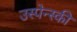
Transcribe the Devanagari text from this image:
उस्पेन्स्की